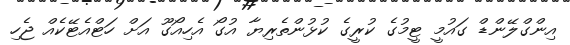
އިންގްލޭންޑް ގައުމީ ޓީމުގެ ކުރީގެ ކުޅުންތެރިޔާ އުގޯ އެހިއޯގޫ އަށް ހަޓްއެޓޭކެއް ޖެހި